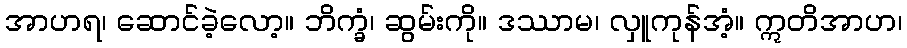
အာဟရ၊ ဆောင်ခဲ့လော့။ ဘိက္ခံ၊ ဆွမ်းကို။ ဒဿာမ၊ လှူကုန်အံ့။ ဣတိအာဟ၊